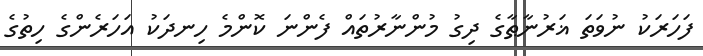
ފަހަރަކު ނުވަތަ ޣަރުނާޠާގެ ދިގު މުންނާރުތައް ފެންނަ ކޮންމެ ހިނދަކު އަހަރެންގެ ހިތުގެ